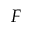
F